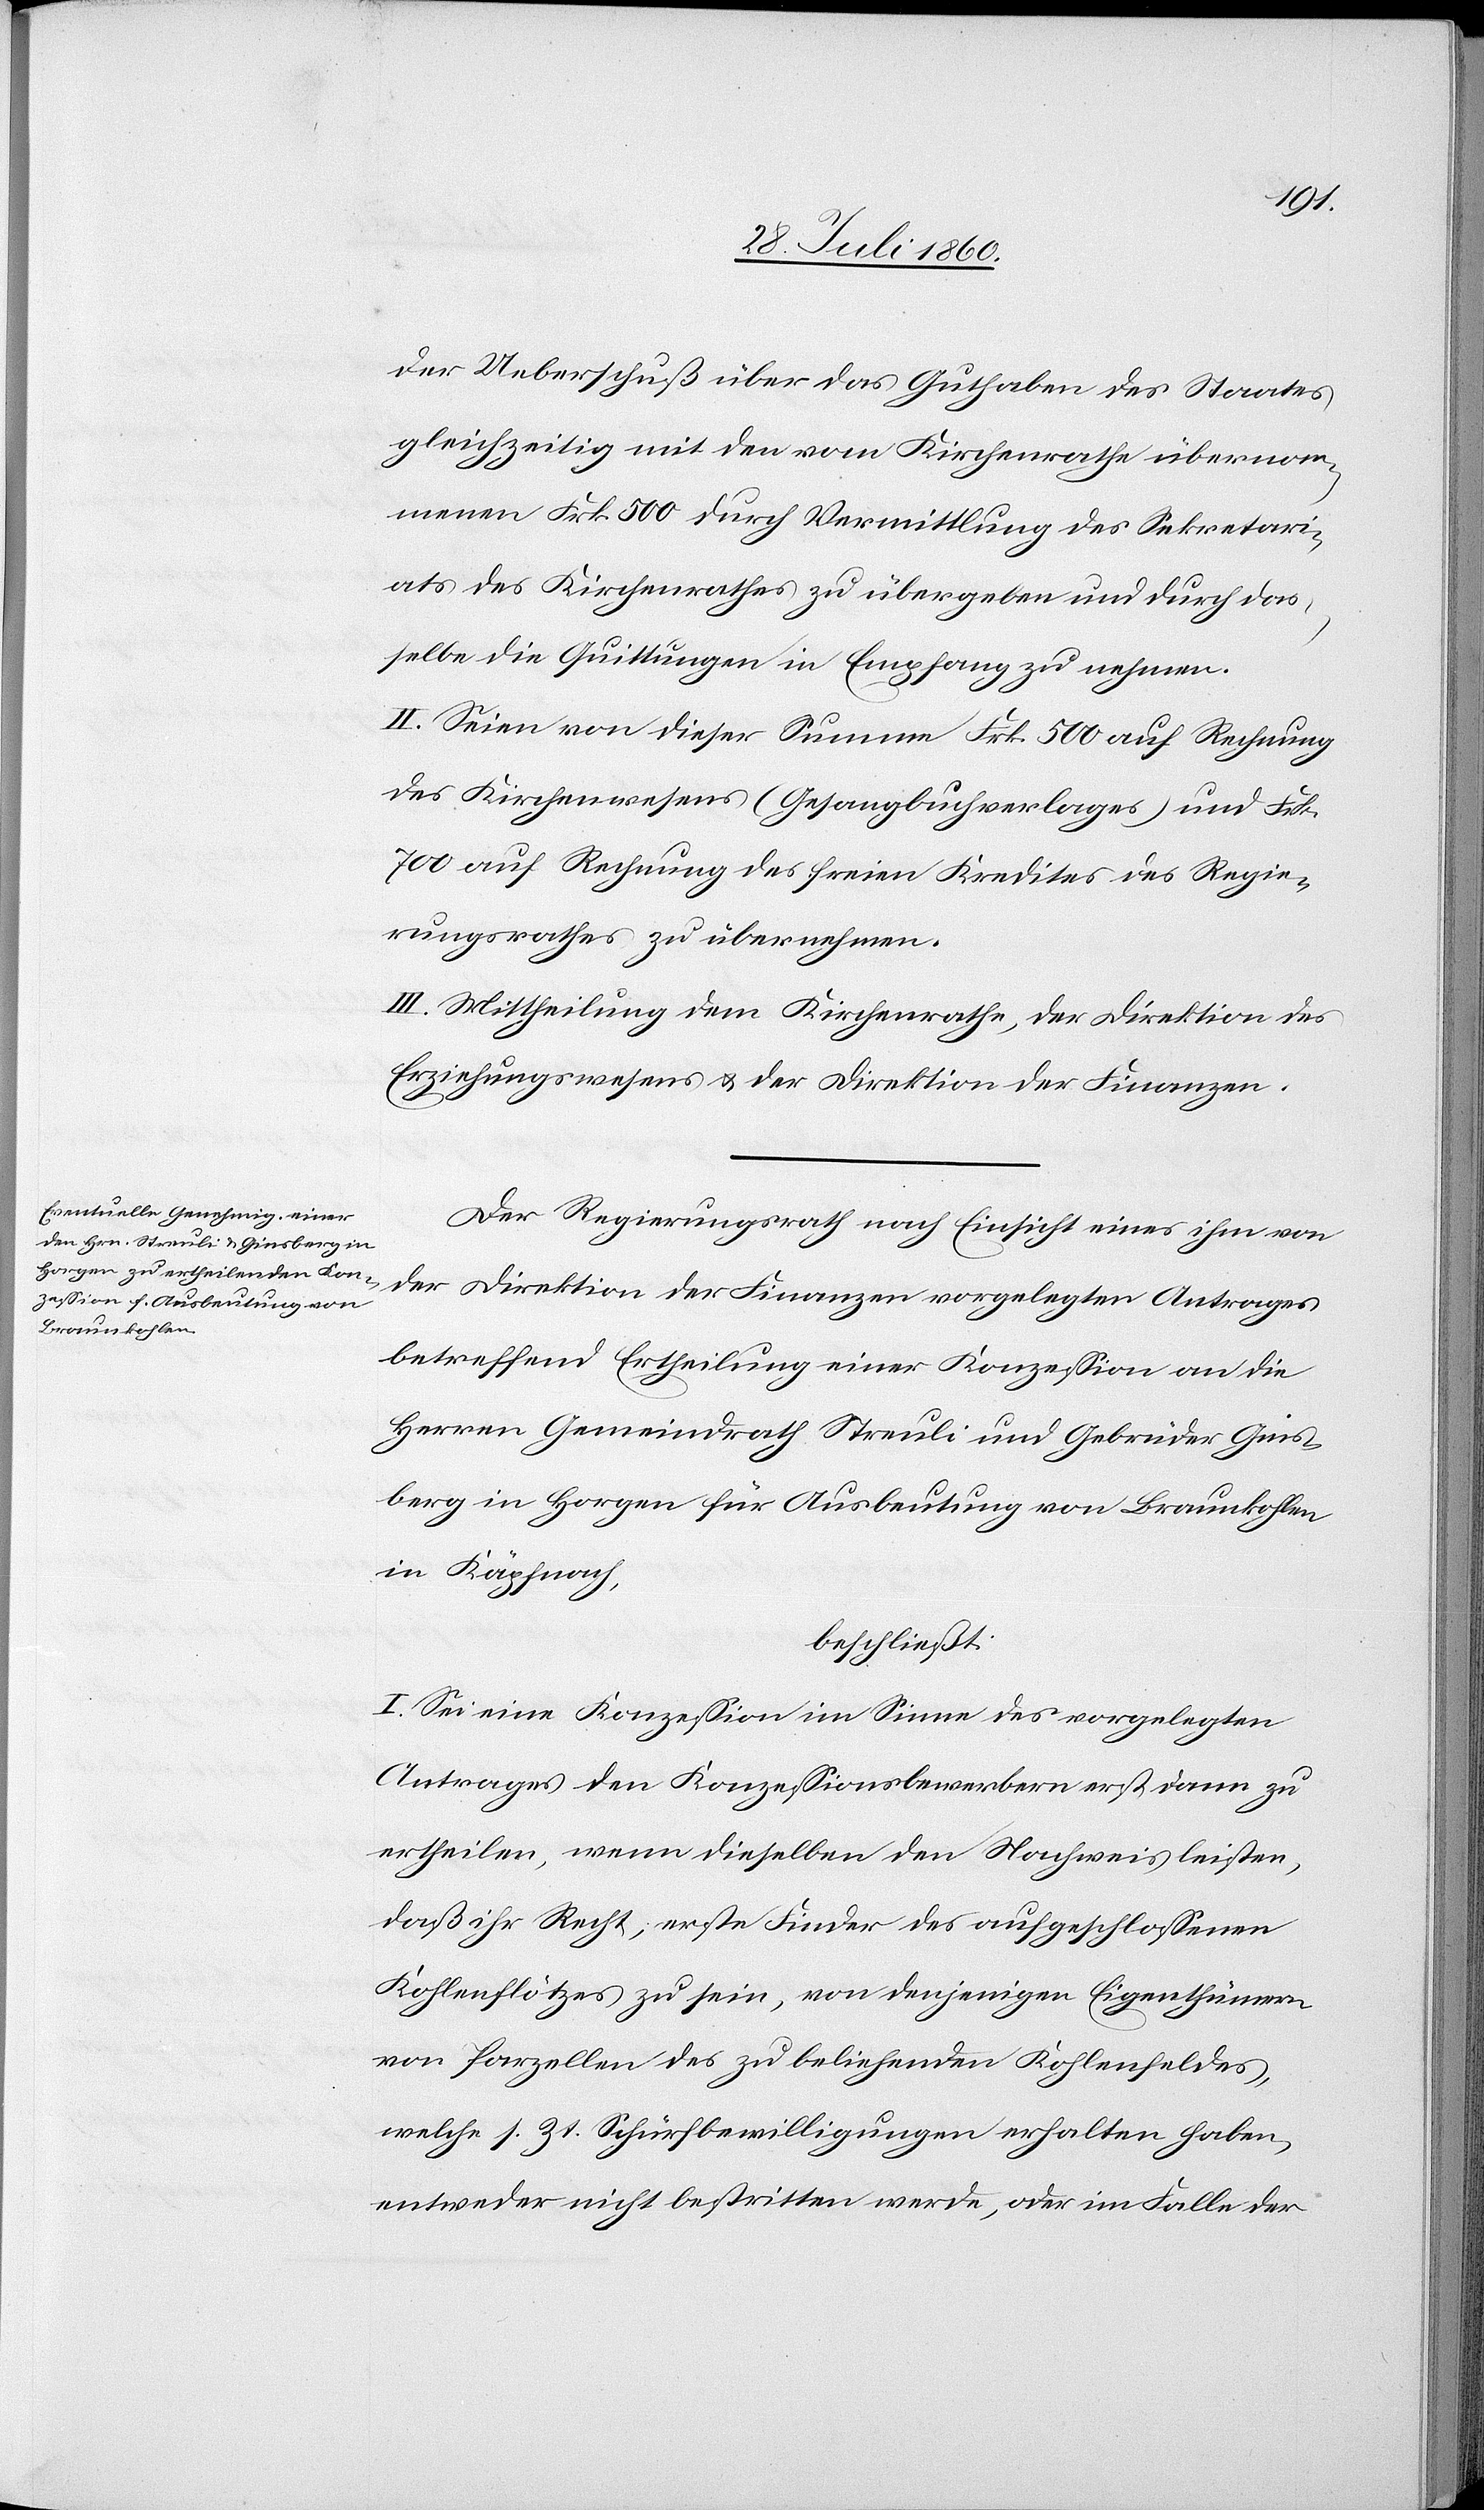
Der Regierungsrath, nach Einsicht eines ihm von
der Direktion der Finanzen vorgelegten Antrages,
betreffend Ertheilung einer Konzession an die
Herren Gemeindrath Streuli u. Gebrüder Gins¬
berg in Horgen für Ausbeutung von Braunkohlen
in Käpfnach
beschliesst:
I. Sei eine Conzession im Sinne des vorgelegten
Antrages den Conzessionsbewerbern erst dann zu
ertheilen, wenn dieselben den Nachweis leisten,
dass ihr Recht, erste Finder des aufgeschlossenen
Kohlenflötzes zu sein, von denjenigen Eigenthümern
von Parzellen des zu beliehenden Kohlenfeldes,
welche sr. Zt. Schürfbewilligungen erhalten haben,
entweder nicht bestritten werde oder im Falle der